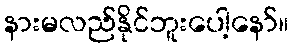
နားမလည်နိုင်ဘူးပေါ့နော်။